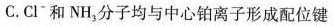
C.Cl^{-}和NH_{3}分子均与中心铂离子形成配位键